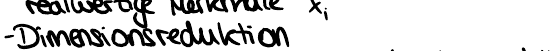
- Dimensionsreduktion